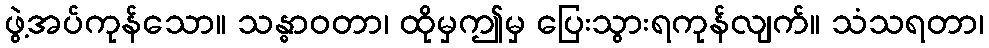
ဖွဲ့အပ်ကုန်သော။ သန္ဓာဝတာ၊ ထိုမှဤမှ ပြေးသွားရကုန်လျက်။ သံသရတာ၊